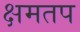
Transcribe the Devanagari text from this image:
क्षमतप